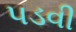
પડવી